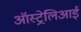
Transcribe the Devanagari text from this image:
ऑस्ट्रेलिआई